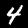
Digit: 4